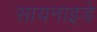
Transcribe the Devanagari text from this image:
सायनाइडे